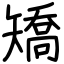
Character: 矯